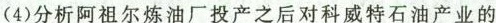
(4)分析阿祖尔炼油厂投产之后对科威特石油产业的